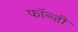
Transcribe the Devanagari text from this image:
फॉन्ज़ी